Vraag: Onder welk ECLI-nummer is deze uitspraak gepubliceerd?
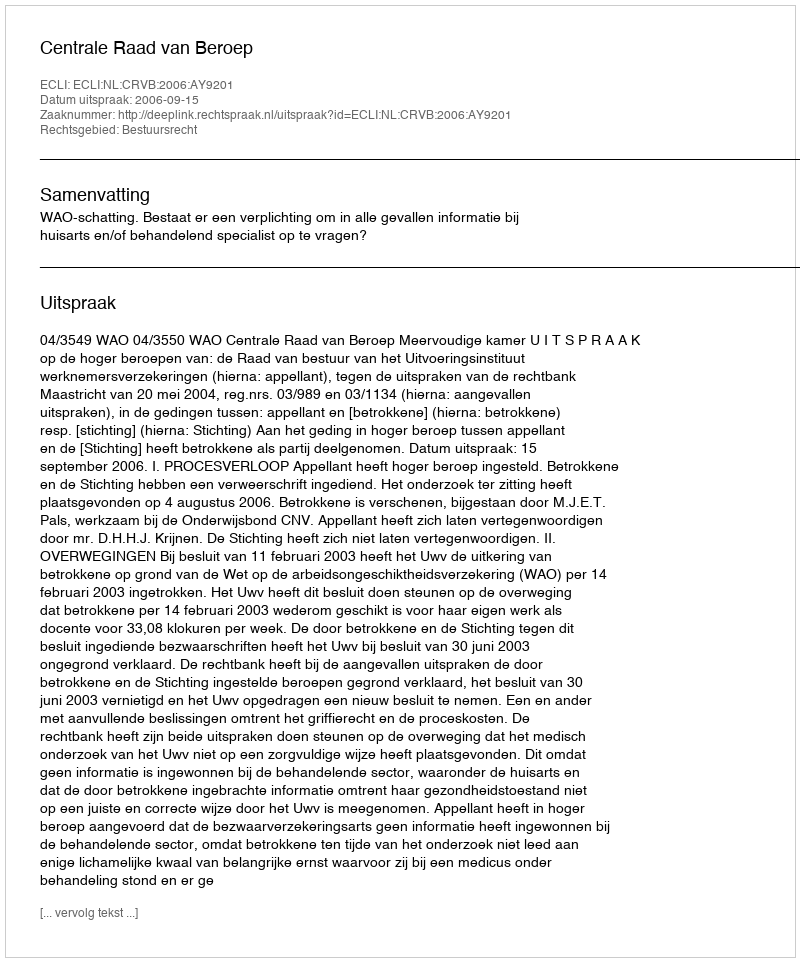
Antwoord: ECLI:NL:CRVB:2006:AY9201